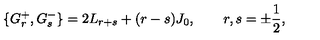
\{ G _ { r } ^ { + } , G _ { s } ^ { - } \} = 2 L _ { r + s } + ( r - s ) J _ { 0 } , \qquad r , s = \pm \frac 1 2 ,